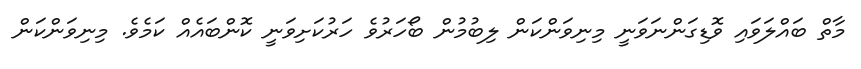
މާތް ބައްލަވައި ވޮޑިގަންނަވަނީ މިނިވަންކަން ލިބުމުން ބޯހަރުވެ ހަރުކަށިވަނީ ކޮންބައެއް ކަމެވެ. މިނިވަންކަން